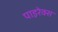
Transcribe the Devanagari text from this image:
पाइरेक्स